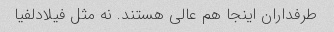
طرفداران اینجا هم عالی هستند. نه مثل فیلادلفیا